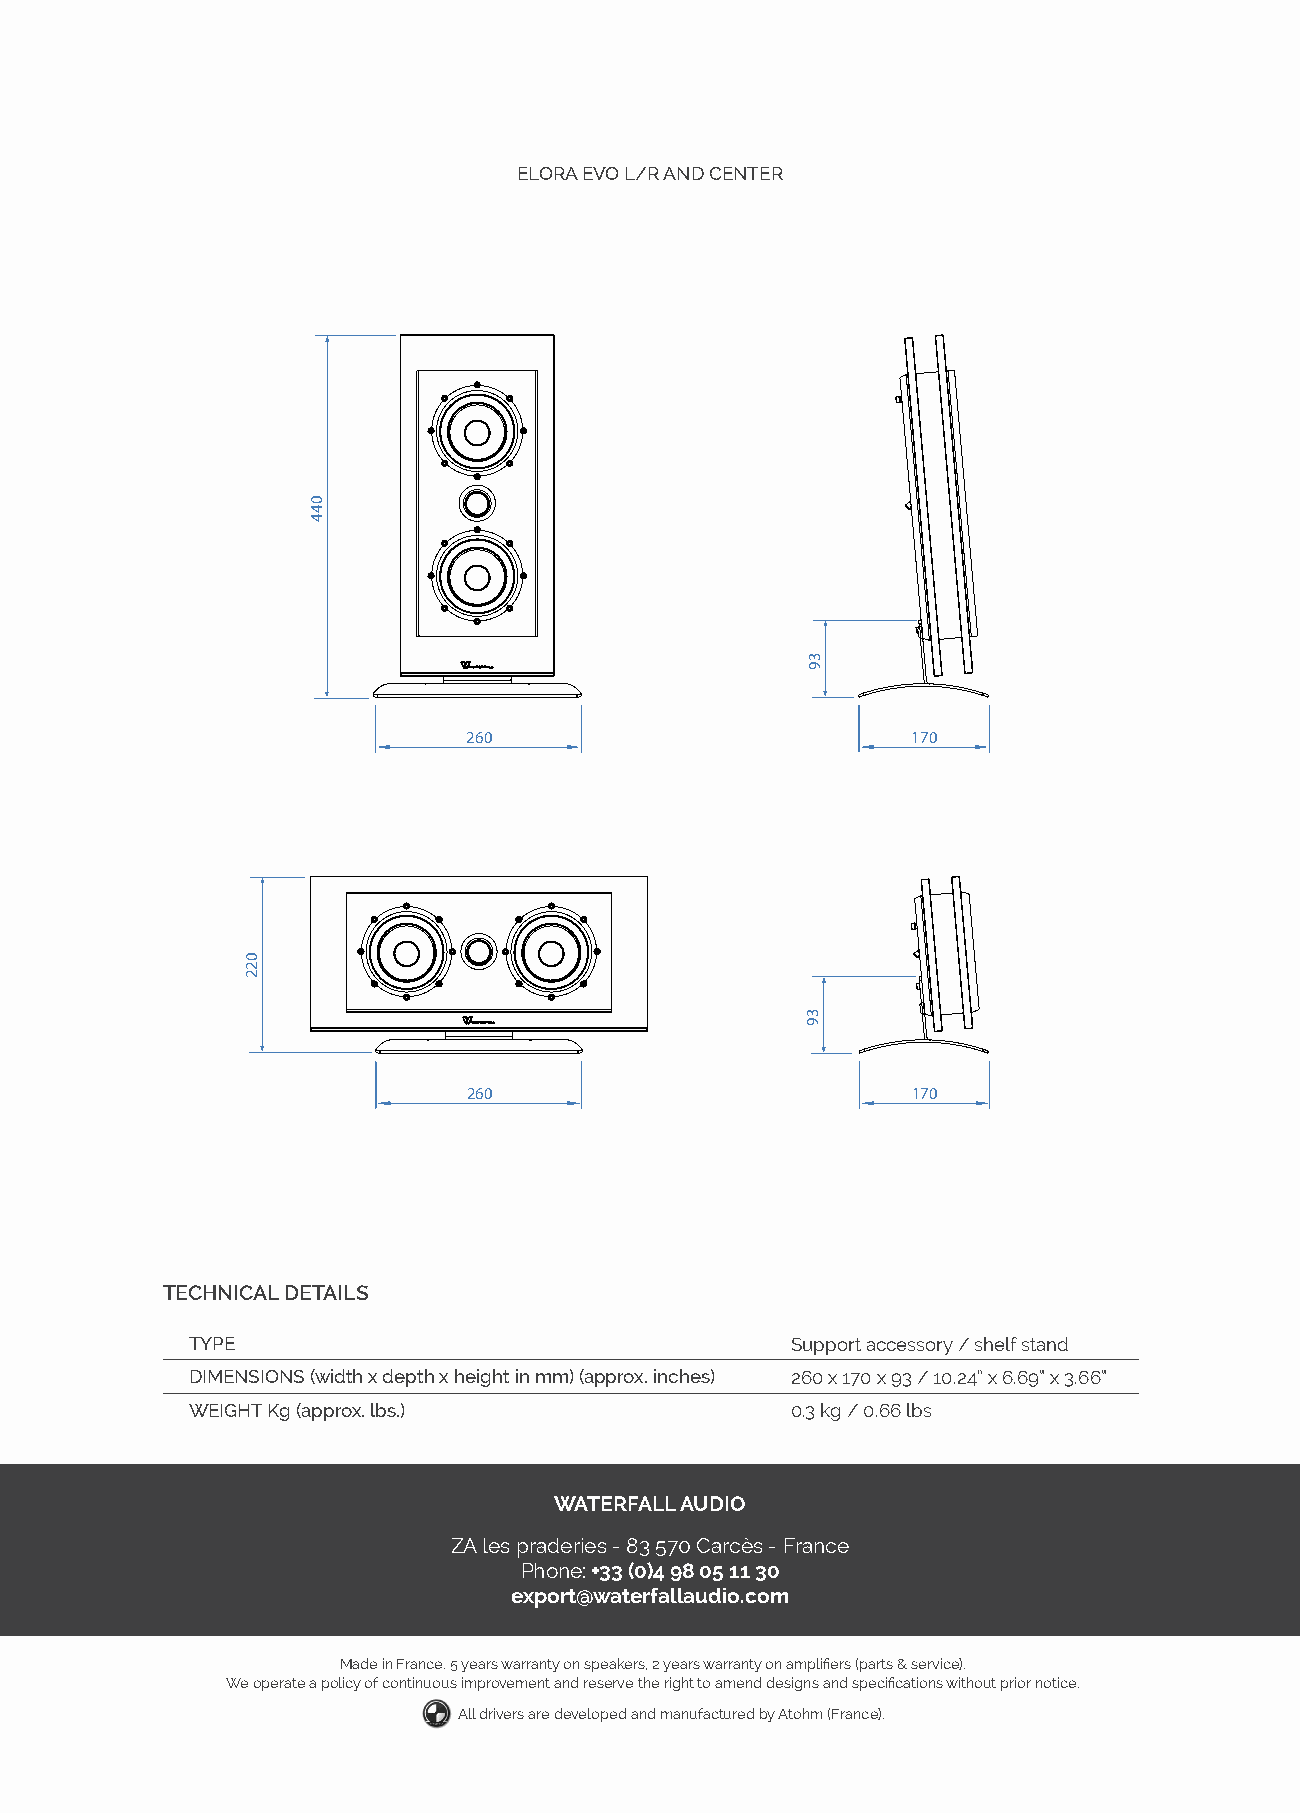
ELORA EVO L/R AND CENTER
 260                          170
 260                          170
 TECHNICAL DETAILS
 TYPE                                    Support accessory / shelf stand
 DIMENSIONS (width x depth x height in mm) (approx. inches) 260 x 170 x 93 / 10.24” x 6.69“ x 3.66“
 WEIGHT Kg (approx. lbs.)                0.3 kg / 0.66 lbs
 WATERFALL AUDIO
 ZA les praderies - 83 570 Carcès - France
 Phone: +33 (0)4 98 05 11 30
 export@waterfallaudio.com
 Made in France. 5 years warranty on speakers, 2 years warranty on amplifiers (parts & service).
 We operate a policy of continuous improvement and reserve the right to amend designs and specifications without prior notice.
 All drivers are developed and manufactured by Atohm (France).
 022
 044
 39
 39